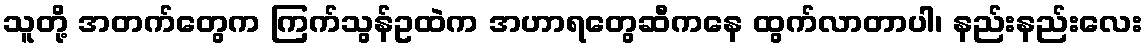
သူတို့ အတက်တွေက ကြက်သွန်ဥထဲက အဟာရတွေဆီကနေ ထွက်လာတာပါ၊ နည်းနည်းလေး